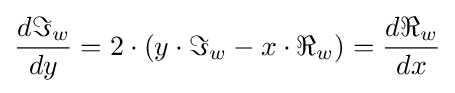
{\frac {d\Im _{w}}{dy}}=2\cdot \left(y\cdot \Im _{w}-x\cdot \Re _{w}\right)={\frac {d\Re _{w}}{dx}}